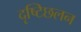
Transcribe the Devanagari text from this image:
दृष्टिछलन